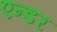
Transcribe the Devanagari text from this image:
एन्डर